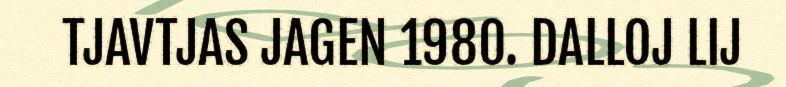
TJAVTJAS JAGEN 1980. DALLOJ LIJ